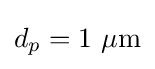
d_{p}=1~\mu {\text{m}}